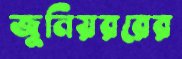
জুনিয়ররের